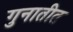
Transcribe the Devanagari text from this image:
गुनातीत